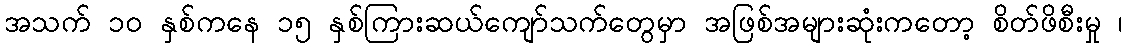
အသက် ၁၀ နှစ်ကနေ ၁၅ နှစ်ကြားဆယ်ကျော်သက်တွေမှာ အဖြစ်အများဆုံးကတော့ စိတ်ဖိစီးမှု ၊